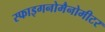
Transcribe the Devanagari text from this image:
स्फाइगनोमैनोमीटर